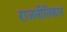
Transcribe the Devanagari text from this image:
राजनीतिकार